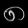
Digit: ၈